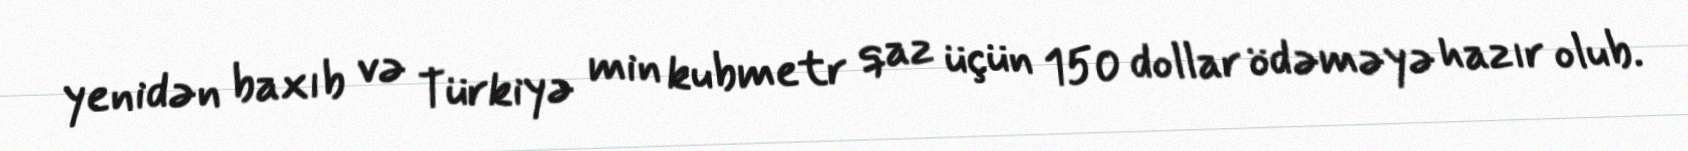
yenidən baxıb və Türkiyə min kubmetr qaz üçün 150 dollar ödəməyə hazır olub.